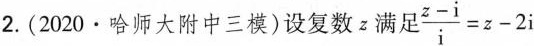
2.（2020·哈师大附中三模）设复数z满足 $$\frac { z - i } { i } = z - 2 i$$